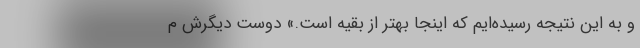
و به این نتیجه رسیده‌ایم که اینجا بهتر از بقیه است.» دوست دیگرش م